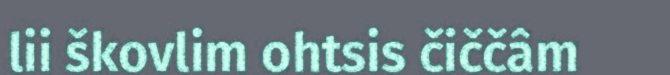
lii škovlim ohtsis čiččâm